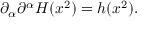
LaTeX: \partial _ { \alpha } \partial ^ { \alpha } H ( x ^ { 2 } ) = h ( x ^ { 2 } ) .